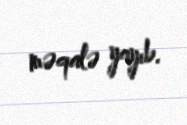
məqalə yayıb.